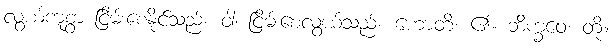
လွယ်ကူစွာ ငြိမ်းစေနိုင်သည်။ ဝါ၊ ငြိမ်းစေလွယ်သည်။ ဟောတိ၊ ၏။ ဘိက္ခဝေ၊ တို့။